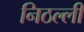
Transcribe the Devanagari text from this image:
निठल्ली